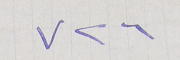
٧٢٦